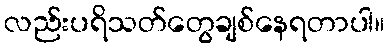
လည်းပရိသတ်တွေချစ်နေရတာပါ။